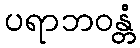
ပရာဘဝန္တံ